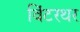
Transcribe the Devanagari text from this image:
विंटरथर